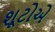
શૂટોએ